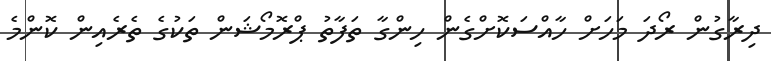
ދިރާގުން ރޯދަ މަހަށް ހާއްސަކޮށްގެން ހިންގާ ތަފާތު ޕްރޮމޯޝަން ތަކުގެ ތެރެއިން ކޮންމެ